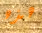
هذه